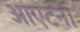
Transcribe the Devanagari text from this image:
आएटना